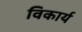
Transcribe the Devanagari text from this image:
विकार्य